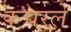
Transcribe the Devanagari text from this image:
कचरले